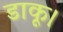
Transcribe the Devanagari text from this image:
डाकू।